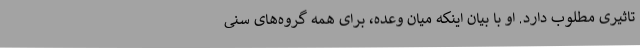
تاثیری مطلوب دارد. او با بیان اینکه میان وعده، برای همه گروه‌های سنی